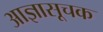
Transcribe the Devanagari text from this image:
आज्ञासूचक